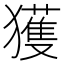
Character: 獲